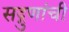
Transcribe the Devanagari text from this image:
सद्गुणांची